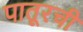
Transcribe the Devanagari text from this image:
पातूरची